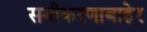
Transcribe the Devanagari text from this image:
समीकरणाबाहेर